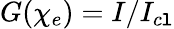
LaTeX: G(\chi_{e})=I/I_{c\mathtt{l}}